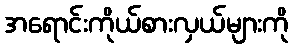
အရောင်းကိုယ်စားလှယ်များကို